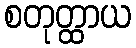
စတုတ္ထာယ